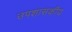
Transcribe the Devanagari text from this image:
उपशासकीय